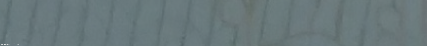
مدرسة لتعليم اللغة العربي